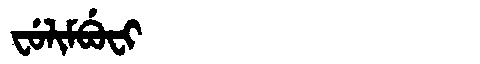
Manchu: ᠸᡠᠯᡳᠮᠪᡠᠸᡳ
Romanization: FULIMBUFI